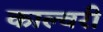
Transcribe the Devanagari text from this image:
काल्वरी